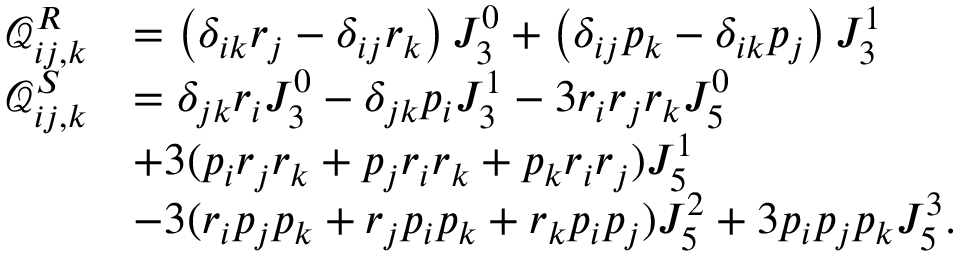
\begin{array} { r l } { \mathcal { Q } _ { i j , k } ^ { R } } & { = \left( \delta _ { i k } r _ { j } - \delta _ { i j } r _ { k } \right) J _ { 3 } ^ { 0 } + \left( \delta _ { i j } p _ { k } - \delta _ { i k } p _ { j } \right) J _ { 3 } ^ { 1 } } \\ { \mathcal { Q } _ { i j , k } ^ { S } } & { = \delta _ { j k } r _ { i } J _ { 3 } ^ { 0 } - \delta _ { j k } p _ { i } J _ { 3 } ^ { 1 } - 3 r _ { i } r _ { j } r _ { k } J _ { 5 } ^ { 0 } } \\ & { + 3 ( p _ { i } r _ { j } r _ { k } + p _ { j } r _ { i } r _ { k } + p _ { k } r _ { i } r _ { j } ) J _ { 5 } ^ { 1 } } \\ & { - 3 ( r _ { i } p _ { j } p _ { k } + r _ { j } p _ { i } p _ { k } + r _ { k } p _ { i } p _ { j } ) J _ { 5 } ^ { 2 } + 3 p _ { i } p _ { j } p _ { k } J _ { 5 } ^ { 3 } . } \end{array}